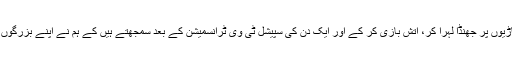
مگر آج ہم اپنے گھروں اور گاڑیوں پر جھنڈا لہرا کر، آتش بازی کر کے اور ایک دن کی سپیشل ٹی وی ٹرانسمیشن کے بعد سمجھتے ہیں کے ہم نے اپنے بزرگوں کی قربانیوں کا حق ادا کر دیا۔